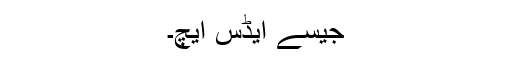
جیسے ایڈس ایچ۔